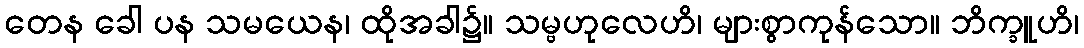
တေန ခေါ ပန သမယေန၊ ထိုအခါ၌။ သမ္ဗဟုလေဟိ၊ များစွာကုန်သော။ ဘိက္ခူဟိ၊